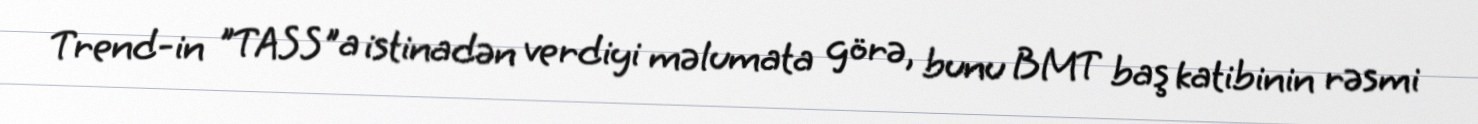
Trend-in "TASS"a istinadən verdiyi məlumata görə, bunu BMT baş katibinin rəsmi